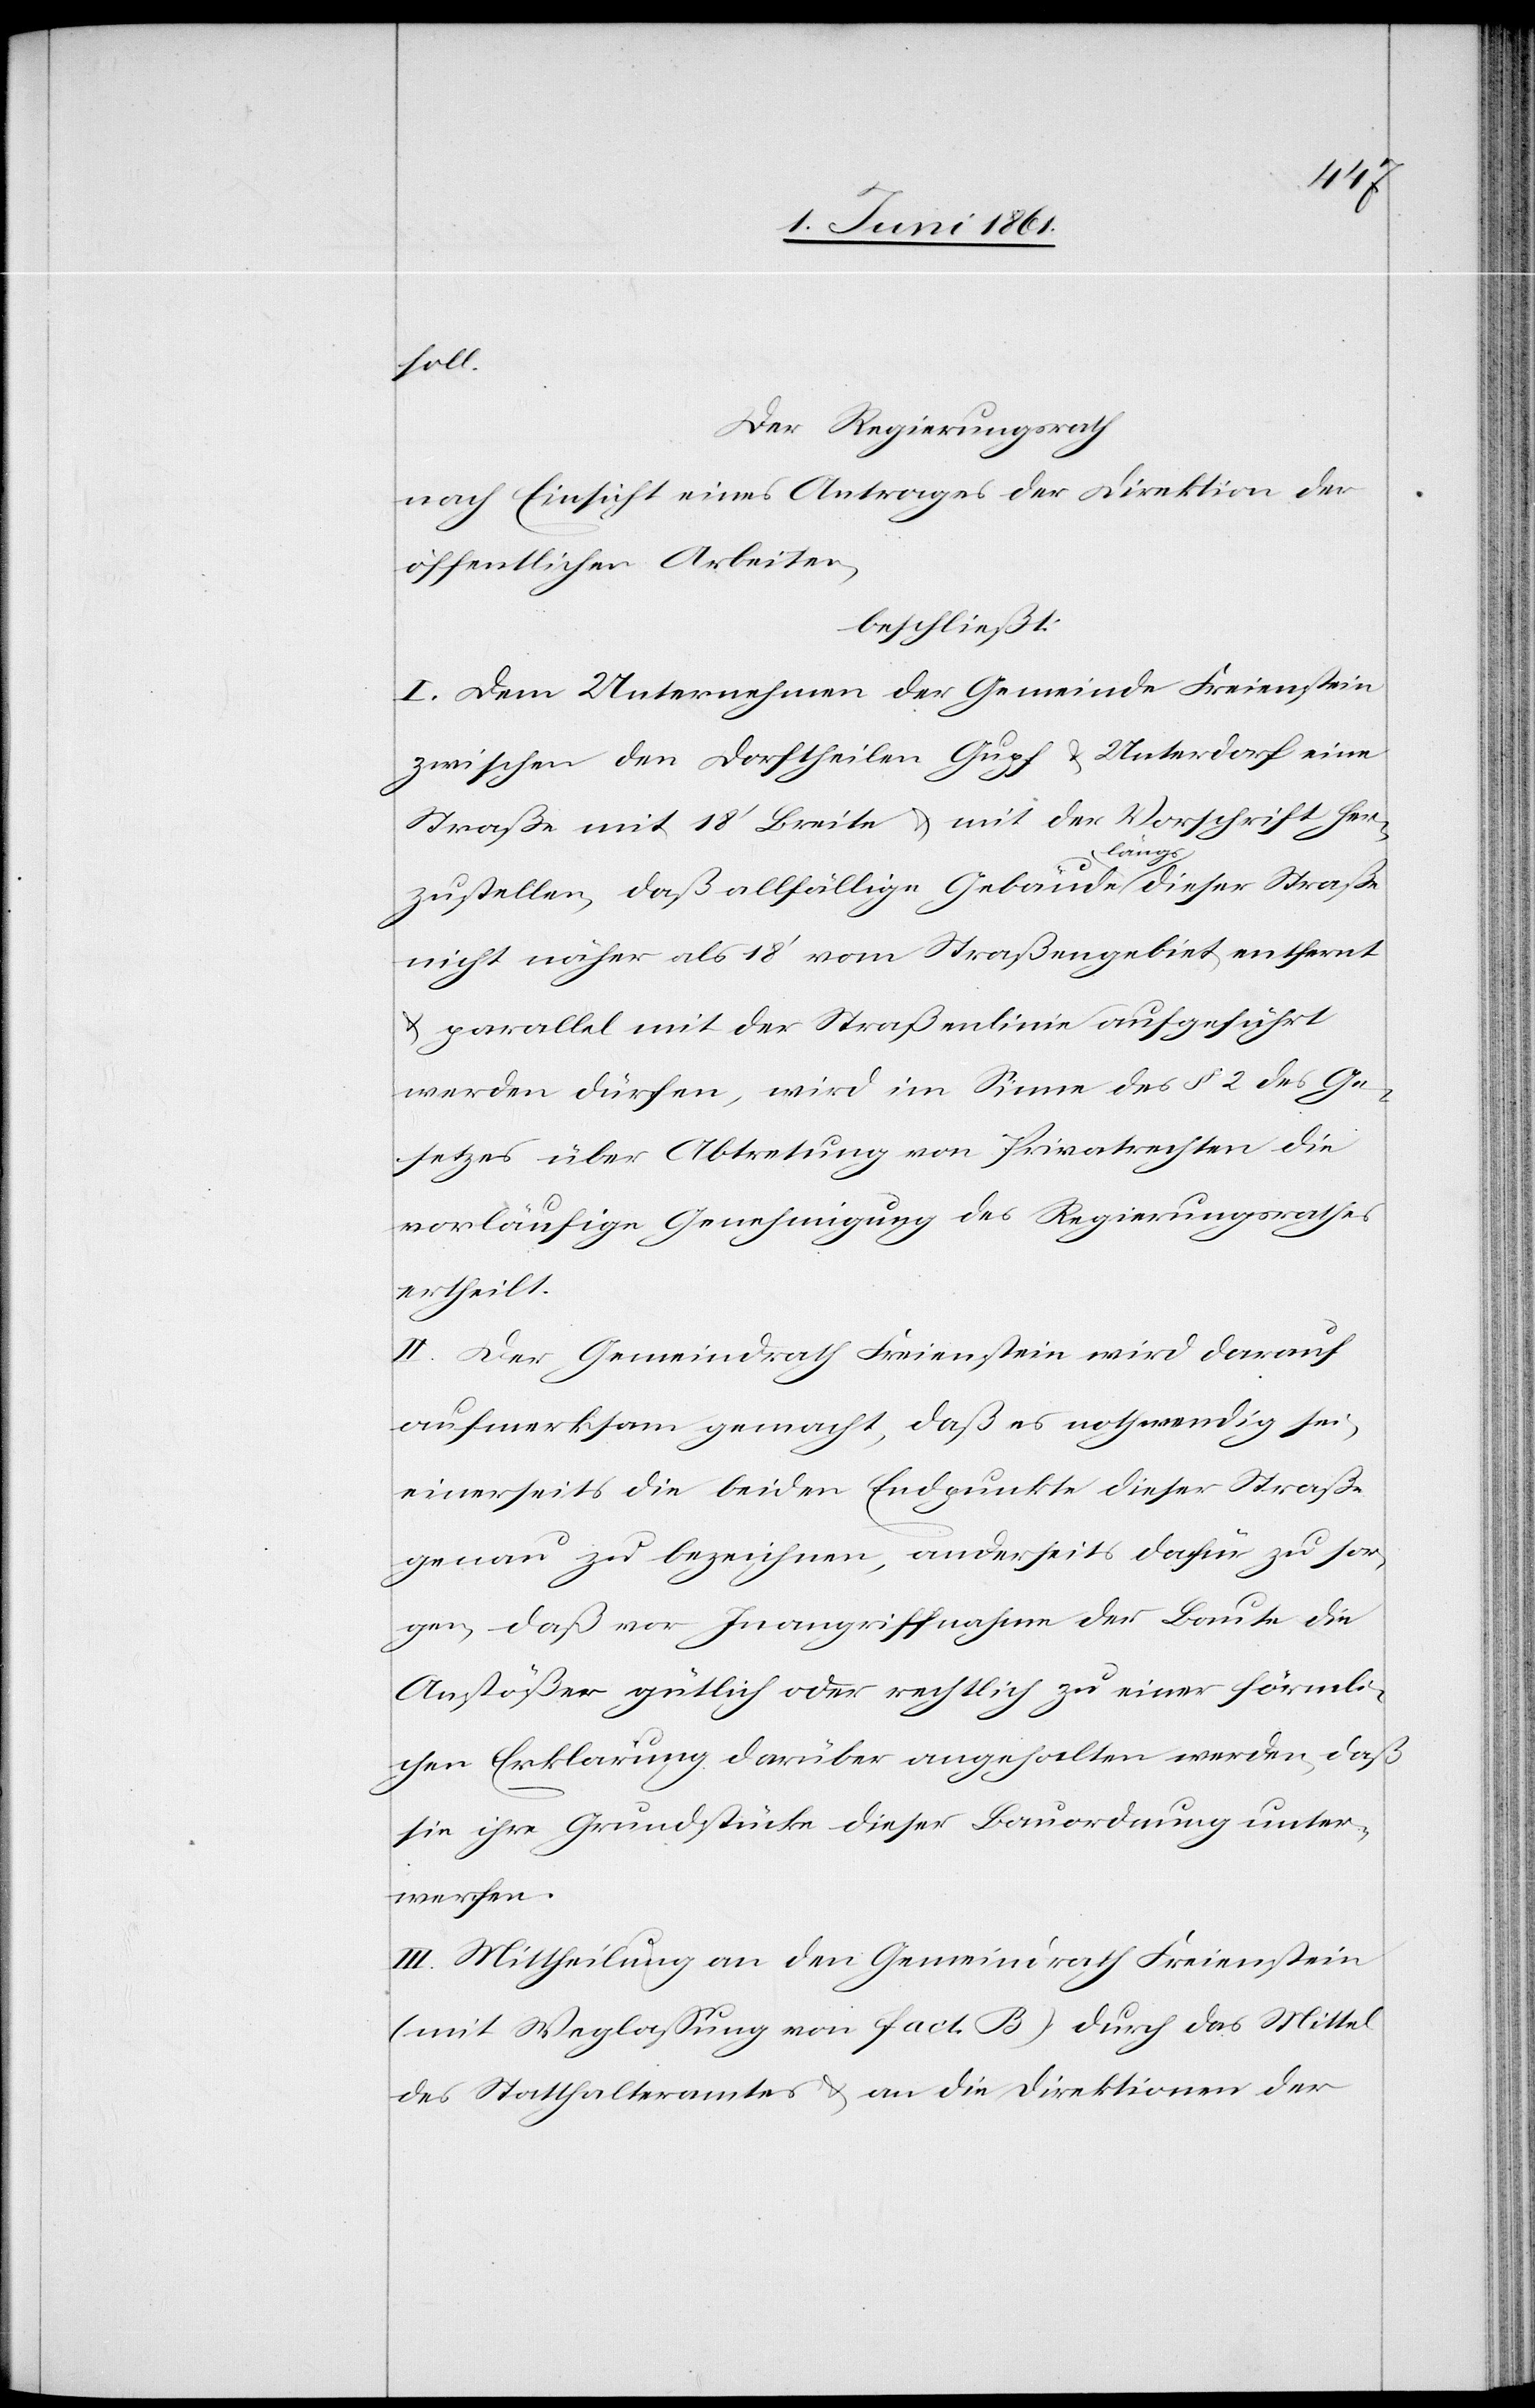
soll.
Der Regierungsrath
nach Einsicht eines Antrages der Direktion der
öffentlichen Arbeiten,
beschließt:
I. Dem Unternehmen der Gemeinde Freienstein
zwischen den Dorftheilen Gupf u. Unterdorf eine
Straße mit 18’ Breite u. mit der Vorschrift her¬
zustellen, daß allfällige Gebäude längs dieser Straße
nicht näher als 18’ vom Straßengebiet entfernt
u. parallel mit der Straßenlinie aufgeführt
werden dürfen, wird im Sinne des § 2 des Ge¬
setzes über Abtretung von Privatrechten die
vorläufige Genehmigung des Regierungsrathes
ertheilt.
II. Der Gemeindrath Freienstein wird darauf
aufmerksam gemacht, daß es nothwendig sei,
einerseits die beiden Endpunkte dieser Straße
genau zu bezeichnen, anderseits dafür zu sor¬
gen, daß vor Inangriffnahme der Baute die
Anstößer gütlich oder rechtlich zu einer förmli¬
chen Erklärung darüber angehalten werden, daß
sie ihre Grundstücke dieser Bauordnung unter¬
werfen.
III. Mittheilung an den Gemeindrath Freienstein
(mit Weglassung von fact. B.) durch das Mittel
des Statthalteramtes u. an die Direktion der